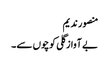
منصور ندیم
بے آواز گلی کوچوں سے ۔